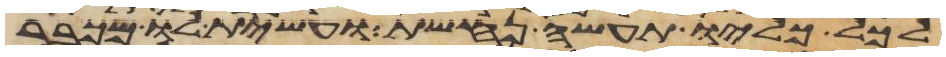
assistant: לכל כליו תעשה נחשת ועשית לו מכבר